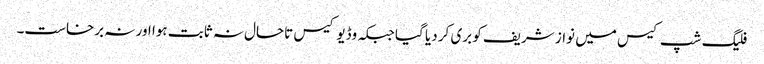
فلیگ شپ کیس میں نواز شریف کو بری کر دیا گیا جبکہ وڈیو کیس تاحال نہ ثابت ہوا اور نہ برخاست۔